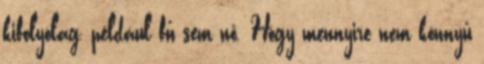
kifolyólag, például fű sem nő. Hogy mennyire nem könnyű